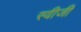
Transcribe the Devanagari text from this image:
स्वीजी